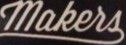
makers